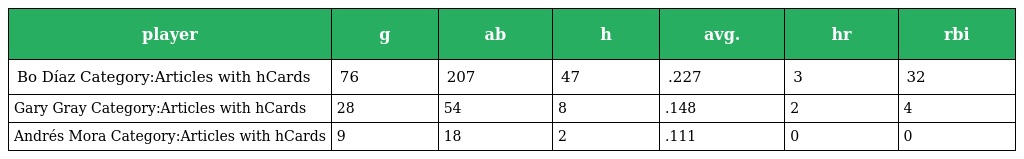
| player | g | ab | h | avg. | hr | rbi |
 | --- | --- | --- | --- | --- | --- | --- |
 | Bo Díaz Category:Articles with hCards | 76 | 207 | 47 | .227 | 3 | 32 |
 | Gary Gray Category:Articles with hCards | 28 | 54 | 8 | .148 | 2 | 4 |
 | Andrés Mora Category:Articles with hCards | 9 | 18 | 2 | .111 | 0 | 0 |